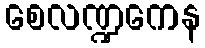
စေလဏ္ဍကေန